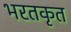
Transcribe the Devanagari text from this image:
भरतकृत